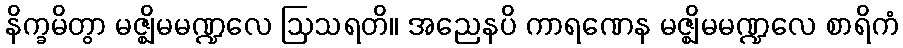
နိက္ခမိတွာ မဇ္ဈိမမဏ္ဍလေ ဩသရတိ။ အညေနပိ ကာရဏေန မဇ္ဈိမမဏ္ဍလေ စာရိကံ